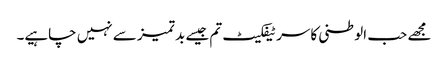
مجھے حب الوطنی کا سرٹیفکیٹ تم جیسے بد تمیز سے نہیں چاہیے۔